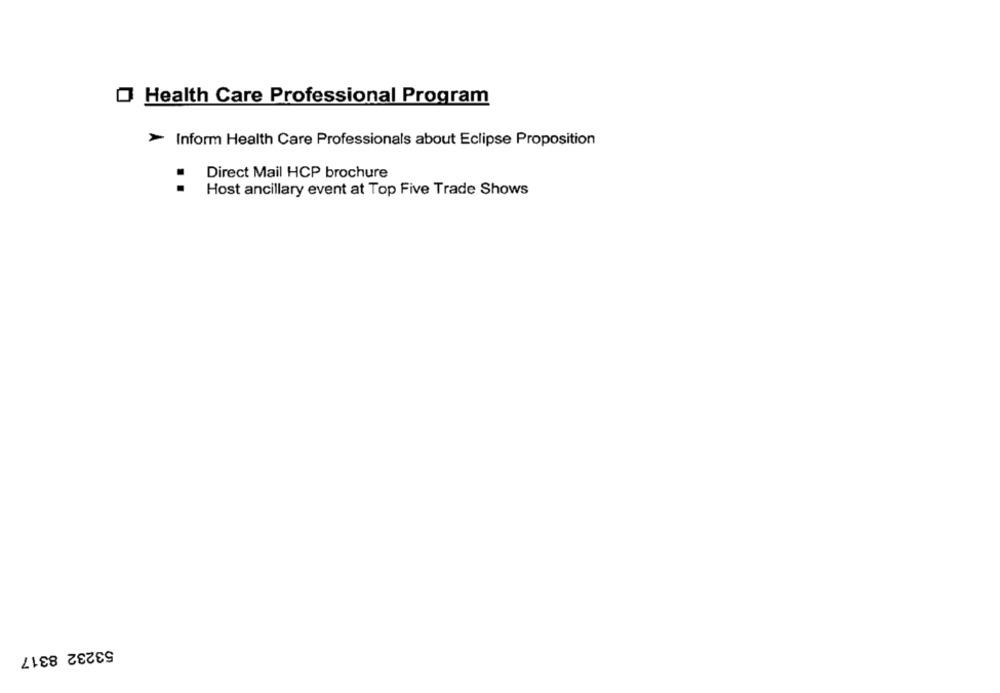
O Health Care Professional Program
> Inform Health Care Professionals about Eclipse Proposition
Direct Mail HCP brochure
..
Host ancillary event at Top Five Trade Shows
53232 8317